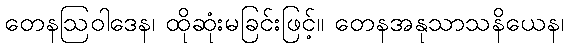
တေနဩဝါဒေန၊ ထိုဆုံးမခြင်းဖြင့်။ တေနအနုသာသနိယေန၊